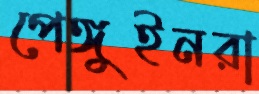
পেঙ্গুইনরা